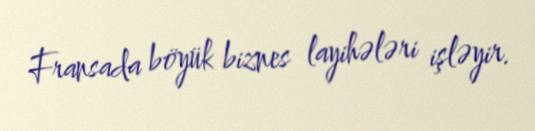
Fransada böyük biznes layihələri işləyir.